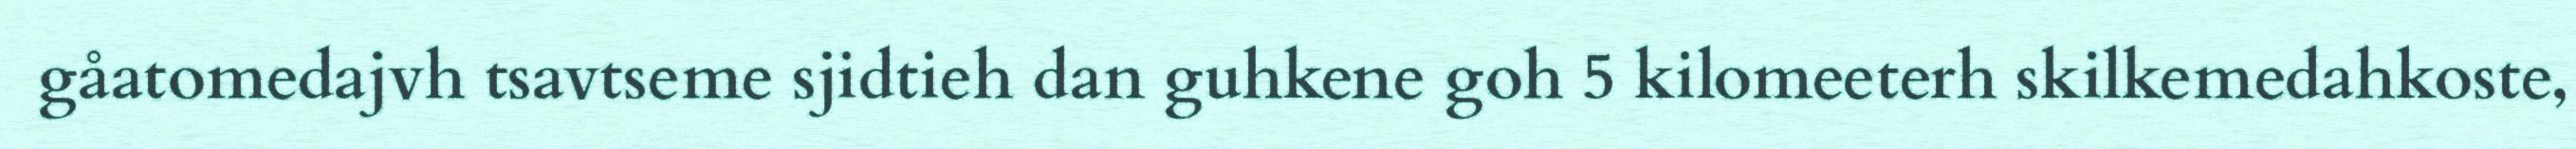
gåatomedajvh tsavtseme sjidtieh dan guhkene goh 5 kilomeeterh skilkemedahkoste,